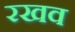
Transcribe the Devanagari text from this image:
रखव